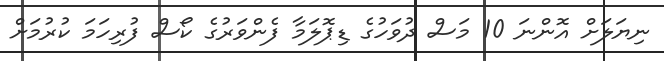
ނިޔަލަށް އޮންނަ 10 މަސް ދުވަހުގެ ޑިޕޮލަމާ ފެންވަރުގެ ކޯސް ފުރިހަމަ ކުރުމަށް